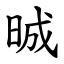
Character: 晠